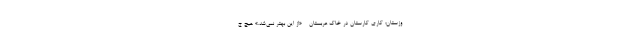
وزستان؛ کاری کارستان در خاک عربستان - «از این بهتر نمی‌شد.» هیچ ج